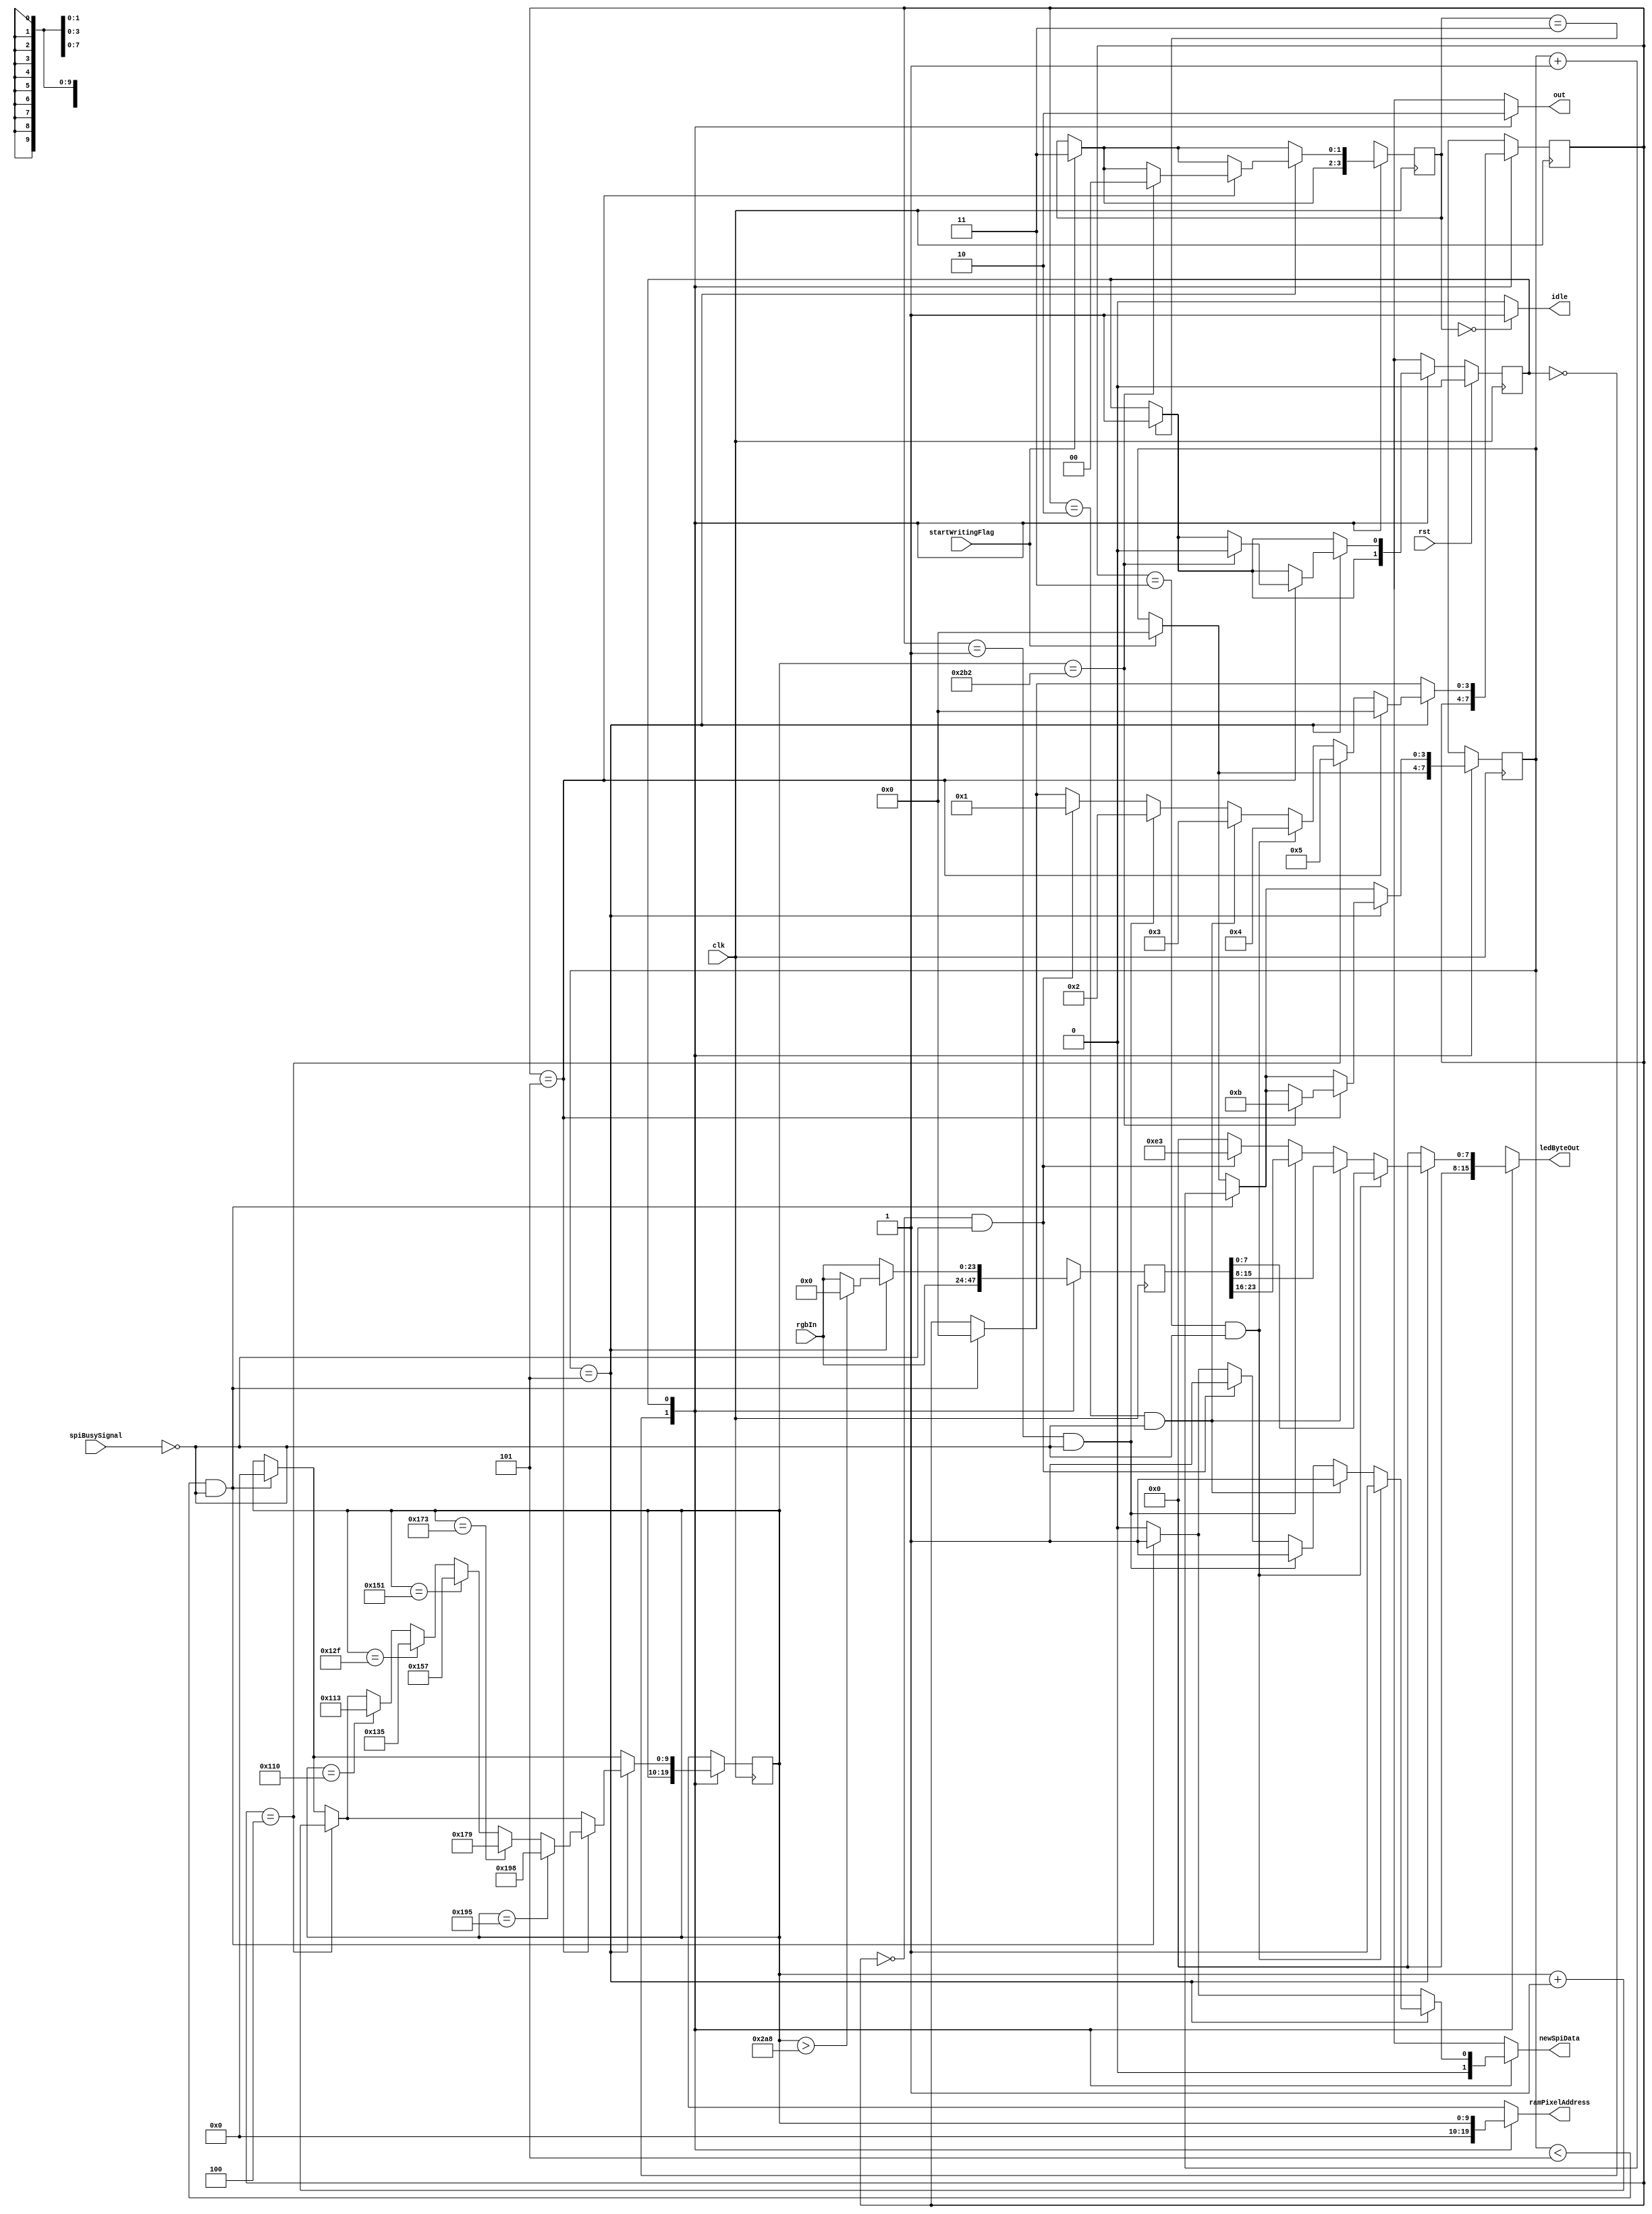
/*
   This file was generated automatically by the Mojo IDE version B1.3.6.
   Do not edit this file directly. Instead edit the original Lucid source.
   This is a temporary file and any changes made to it will be destroyed.
*/

module panel_28_32 (
    input clk,
    input rst,
    input spiBusySignal,
    output reg newSpiData,
    output reg [7:0] ledByteOut,
    output reg [9:0] ramPixelAddress,
    output reg idle,
    input [23:0] rgbIn,
    input startWritingFlag,
    output reg out
  );
  
  
  
  localparam IDLE_state = 1'd0;
  localparam WRITE_state = 1'd1;
  
  reg M_state_d, M_state_q = IDLE_state;
  reg [3:0] M_ledStartBitCounter_d, M_ledStartBitCounter_q = 1'h0;
  reg [3:0] M_rgbCounter_d, M_rgbCounter_q = 1'h0;
  reg [9:0] M_pixelAddress_d, M_pixelAddress_q = 1'h0;
  reg [1:0] M_panelControl1_d, M_panelControl1_q = 1'h0;
  reg [23:0] M_rgbPixels_d, M_rgbPixels_q = 1'h0;
  
  always @* begin
    M_state_d = M_state_q;
    M_ledStartBitCounter_d = M_ledStartBitCounter_q;
    M_panelControl1_d = M_panelControl1_q;
    M_rgbPixels_d = M_rgbPixels_q;
    M_pixelAddress_d = M_pixelAddress_q;
    M_rgbCounter_d = M_rgbCounter_q;
    
    out = 1'h0;
    idle = 1'h0;
    newSpiData = 1'h0;
    ledByteOut = 1'h0;
    ramPixelAddress = 1'h0;
    M_rgbPixels_d[0+23-:24] = rgbIn;
    if (M_panelControl1_q == 1'h0) begin
      idle = 1'h1;
    end
    if (startWritingFlag == 1'h1) begin
      M_panelControl1_d = 2'h3;
      M_ledStartBitCounter_d = 1'h0;
    end
    if (M_panelControl1_q == 2'h3) begin
      M_state_d = WRITE_state;
    end
    
    case (M_state_q)
      IDLE_state: begin
        out = 1'h1;
      end
      WRITE_state: begin
        ramPixelAddress = M_pixelAddress_q;
        if (M_ledStartBitCounter_q < 3'h5 && !spiBusySignal) begin
          ledByteOut = 8'h00;
          newSpiData = 1'h1;
          M_ledStartBitCounter_d = M_ledStartBitCounter_q + 1'h1;
          M_pixelAddress_d = 1'h0;
          M_rgbCounter_d = 1'h0;
        end
        if (M_ledStartBitCounter_q == 3'h5) begin
          if (M_pixelAddress_q > 10'h2a8) begin
            M_rgbPixels_d = 1'h0;
          end
          if (M_rgbCounter_q == 1'h0 && !spiBusySignal) begin
            ledByteOut = 8'he3;
            newSpiData = 1'h1;
            M_rgbCounter_d = 1'h1;
          end
          if (M_rgbCounter_q == 1'h1 && !spiBusySignal) begin
            ledByteOut = M_rgbPixels_q[16+7-:8];
            newSpiData = 1'h1;
            M_rgbCounter_d = 2'h2;
          end
          if (M_rgbCounter_q == 2'h2 && !spiBusySignal) begin
            ledByteOut = M_rgbPixels_q[8+7-:8];
            newSpiData = 1'h1;
            M_rgbCounter_d = 2'h3;
          end
          if (M_rgbCounter_q == 2'h3 && !spiBusySignal) begin
            ledByteOut = M_rgbPixels_q[0+7-:8];
            newSpiData = 1'h1;
            M_rgbCounter_d = 3'h4;
          end
          if (M_rgbCounter_q == 3'h4) begin
            M_pixelAddress_d = M_pixelAddress_q + 1'h1;
            M_rgbCounter_d = 3'h5;
          end
          if (M_rgbCounter_q == 3'h5) begin
            M_rgbCounter_d = 1'h0;
            if (M_pixelAddress_q == 9'h110) begin
              M_pixelAddress_d = 9'h113;
            end
            if (M_pixelAddress_q == 9'h12f) begin
              M_pixelAddress_d = 9'h135;
            end
            if (M_pixelAddress_q == 9'h151) begin
              M_pixelAddress_d = 9'h157;
            end
            if (M_pixelAddress_q == 9'h173) begin
              M_pixelAddress_d = 9'h179;
            end
            if (M_pixelAddress_q == 9'h195) begin
              M_pixelAddress_d = 9'h198;
            end
            if (M_pixelAddress_q == 10'h2b2) begin
              M_ledStartBitCounter_d = 4'hb;
              M_panelControl1_d = 1'h0;
              M_state_d = IDLE_state;
            end
          end
        end
      end
    endcase
  end
  
  always @(posedge clk) begin
    M_ledStartBitCounter_q <= M_ledStartBitCounter_d;
    M_rgbCounter_q <= M_rgbCounter_d;
    M_pixelAddress_q <= M_pixelAddress_d;
    M_panelControl1_q <= M_panelControl1_d;
    M_rgbPixels_q <= M_rgbPixels_d;
    
    if (rst == 1'b1) begin
      M_state_q <= 1'h0;
    end else begin
      M_state_q <= M_state_d;
    end
  end
  
endmodule